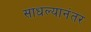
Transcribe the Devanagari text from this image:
साधल्यानंतर